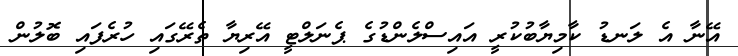
އޭނާ އެ ލަނޑު ކާމިޔާބުކުރީ އައިސްލެންޑުގެ ޕެނަލްޓީ އޭރިޔާ ތެރޭގައި ހުރެފައި ބޮލުން